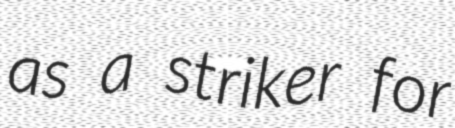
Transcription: as a striker for